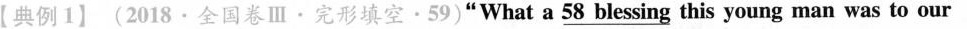
【典例1】(2018·全国卷Ⅲ·完形填空·59)"What a \underline{58 blessing }this young man was to our